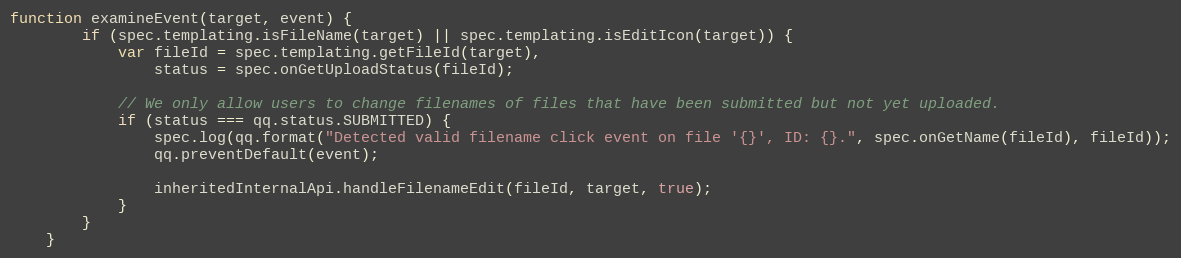
Language: JavaScript
function examineEvent(target, event) {
        if (spec.templating.isFileName(target) || spec.templating.isEditIcon(target)) {
            var fileId = spec.templating.getFileId(target),
                status = spec.onGetUploadStatus(fileId);

            // We only allow users to change filenames of files that have been submitted but not yet uploaded.
            if (status === qq.status.SUBMITTED) {
                spec.log(qq.format("Detected valid filename click event on file '{}', ID: {}.", spec.onGetName(fileId), fileId));
                qq.preventDefault(event);

                inheritedInternalApi.handleFilenameEdit(fileId, target, true);
            }
        }
    }